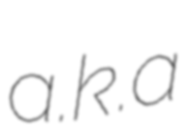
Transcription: a.k.a